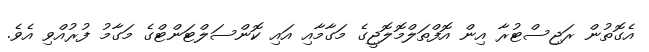
އެގޮތުން ރަޖިސްޓުރާ އިން އޮފްތަލްމޮލޮޖީގެ މަގާމާއި އައި ކޮންސަލްޓަންޓްގެ މަގާމު ފުރުއްވި އެވެ.